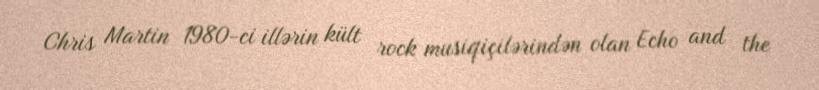
Chris Martin 1980-ci illərin kült rock musiqiçilərindən olan Echo and the